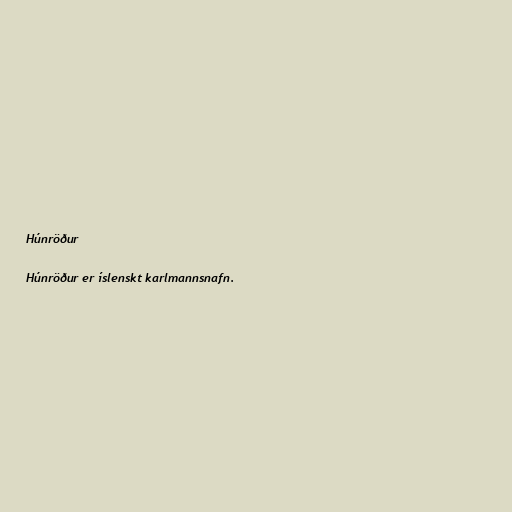
Húnröður

Húnröður er íslenskt karlmannsnafn.